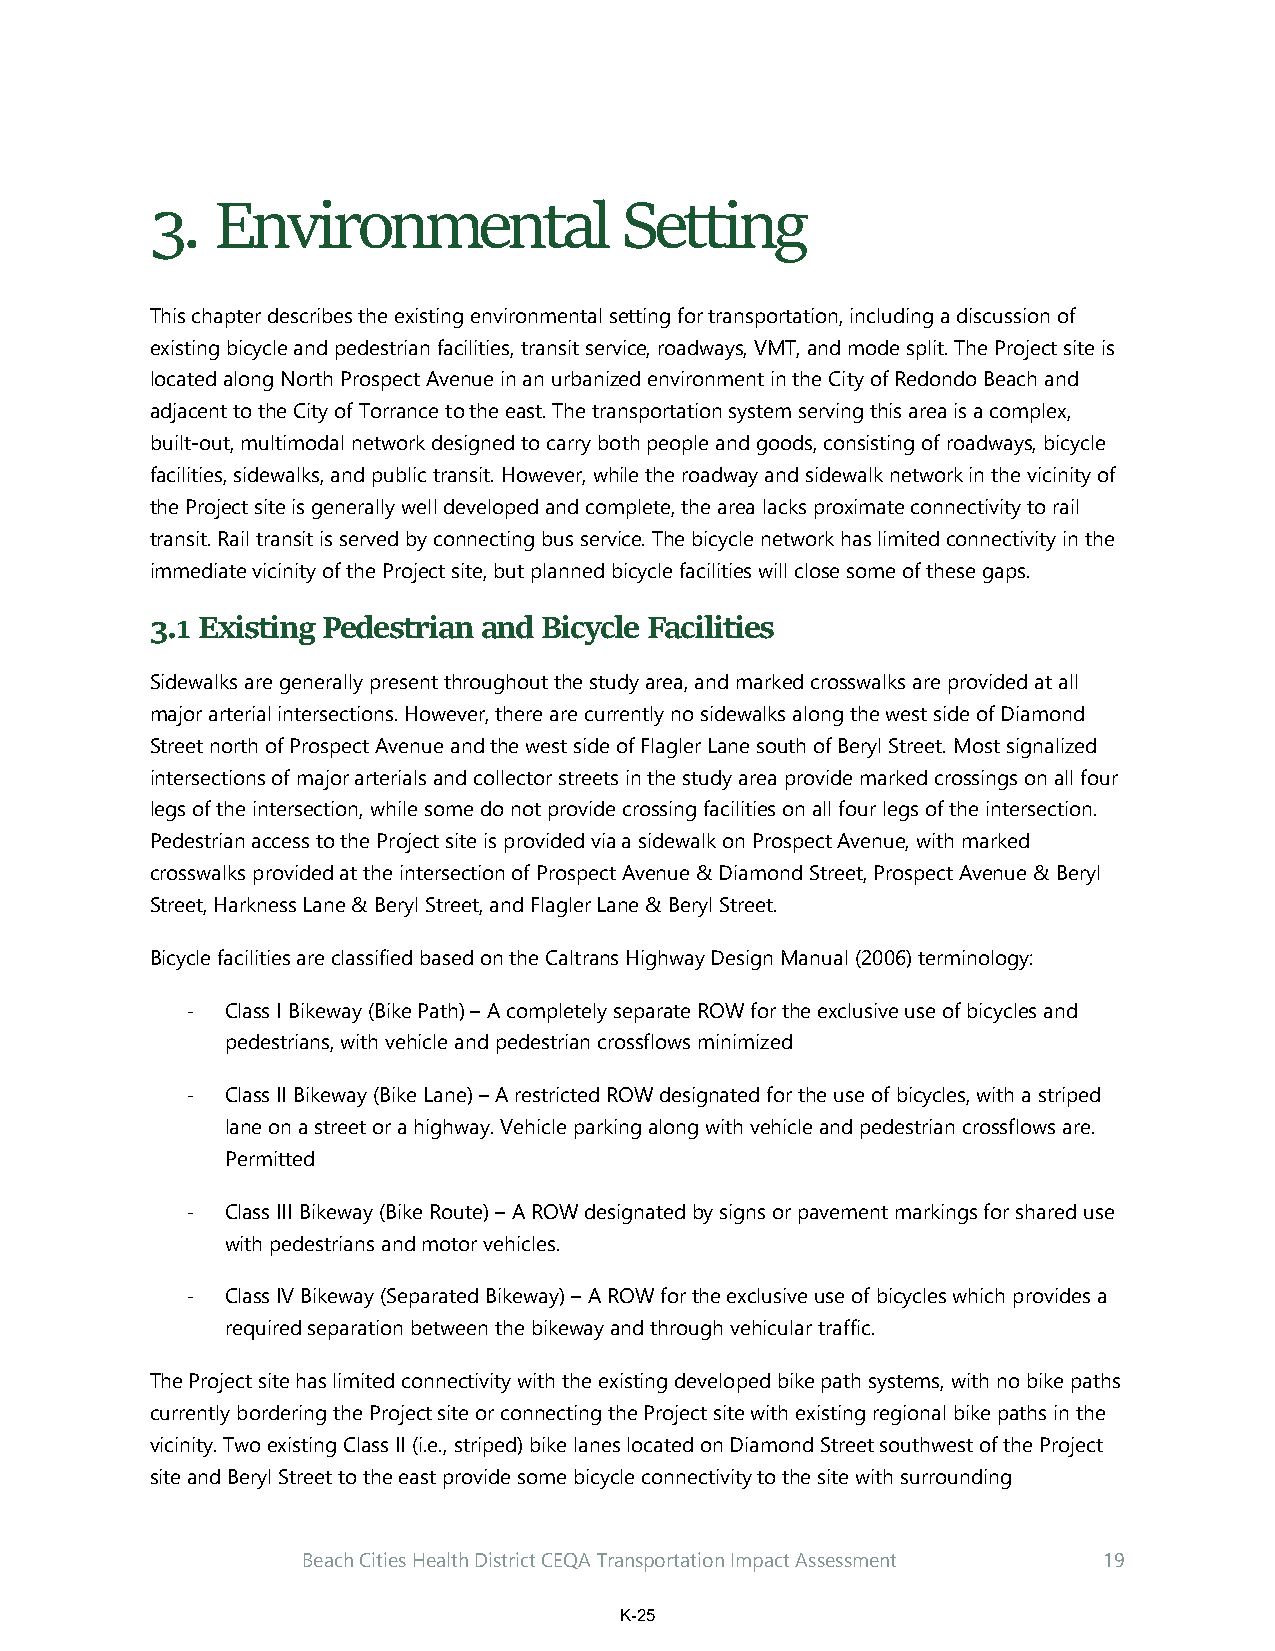
3.  Environmental              Setting
 This chapter describes the existing environmental setting for transportation, including a discussion of
 existing bicycle and pedestrian facilities, transit service, roadways, VMT, and mode split. The Project site is
 located along North Prospect Avenue in an urbanized environment in the City of Redondo Beach and
 adjacent to the City of Torrance to the east. The transportation system serving this area is a complex,
 built-out, multimodal network designed to carry both people and goods, consisting of roadways, bicycle
 facilities, sidewalks, and public transit. However, while the roadway and sidewalk network in the vicinity of
 the Project site is generally well developed and complete, the area lacks proximate connectivity to rail
 transit. Rail transit is served by connecting bus service. The bicycle network has limited connectivity in the
 immediate vicinity of the Project site, but planned bicycle facilities will close some of these gaps.
 3.1 Existing Pedestrian and Bicycle Facilities
 Sidewalks are generally present throughout the study area, and marked crosswalks are provided at all
 major arterial intersections. However, there are currently no sidewalks along the west side of Diamond
 Street north of Prospect Avenue and the west side of Flagler Lane south of Beryl Street. Most signalized
 intersections of major arterials and collector streets in the study area provide marked crossings on all four
 legs of the intersection, while some do not provide crossing facilities on all four legs of the intersection.
 Pedestrian access to the Project site is provided via a sidewalk on Prospect Avenue, with marked
 crosswalks provided at the intersection of Prospect Avenue & Diamond Street, Prospect Avenue & Beryl
 Street, Harkness Lane & Beryl Street, and Flagler Lane & Beryl Street.
 Bicycle facilities are classified based on the Caltrans Highway Design Manual (2006) terminology:
 ‐  Class I Bikeway (Bike Path) – A completely separate ROW for the exclusive use of bicycles and
 pedestrians, with vehicle and pedestrian crossflows minimized
 ‐  Class II Bikeway (Bike Lane) – A restricted ROW designated for the use of bicycles, with a striped
 lane on a street or a highway. Vehicle parking along with vehicle and pedestrian crossflows are.
 Permitted
 ‐  Class III Bikeway (Bike Route) – A ROW designated by signs or pavement markings for shared use
 with pedestrians and motor vehicles.
 ‐  Class IV Bikeway (Separated Bikeway) – A ROW for the exclusive use of bicycles which provides a
 required separation between the bikeway and through vehicular traffic.
 The Project site has limited connectivity with the existing developed bike path systems, with no bike paths
 currently bordering the Project site or connecting the Project site with existing regional bike paths in the
 vicinity. Two existing Class II (i.e., striped) bike lanes located on Diamond Street southwest of the Project
 site and Beryl Street to the east provide some bicycle connectivity to the site with surrounding
 Beach Cities Health District CEQA Transportation Impact Assessment 19
 K-25